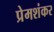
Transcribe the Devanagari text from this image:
प्रेमशंकर